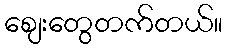
စျေးတွေတက်တယ်။